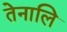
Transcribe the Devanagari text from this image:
तेनालि